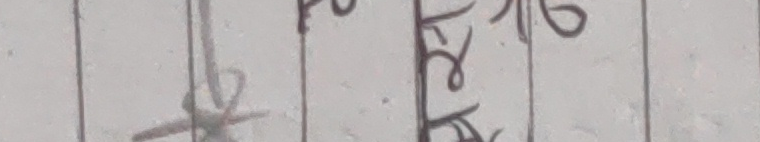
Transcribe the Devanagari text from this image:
धेरै